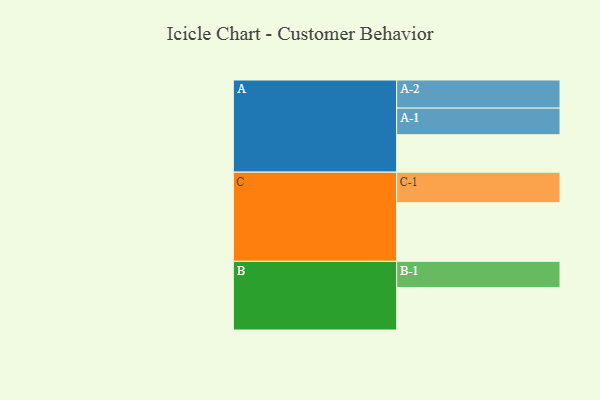
{"axis": {"x": "Segment", "y": "Value"}, "legend": ["", "A", "B", "C"], "data": [{"x": "A", "y": 301, "type": ""}, {"x": "B", "y": 341, "type": ""}, {"x": "C", "y": 471, "type": ""}, {"x": "A-1", "y": 214, "type": "A"}, {"x": "A-2", "y": 226, "type": "A"}, {"x": "B-1", "y": 211, "type": "B"}, {"x": "C-1", "y": 246, "type": "C"}]}